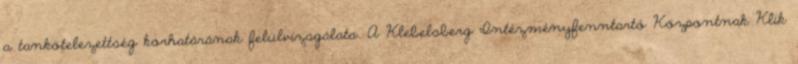
a tankötelezettség korhatárának felülvizsgálata. A Klebelsberg Intézményfenntartó Központnak Klik